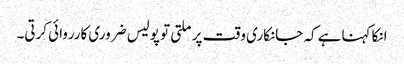
انکا کہناہے کہ جانکاری وقت پر ملتی تو پولیس ضروری کارروائی کرتی۔